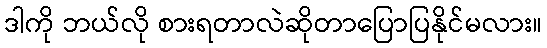
ဒါကို ဘယ်လို စားရတာလဲဆိုတာပြောပြနိုင်မလား။